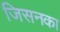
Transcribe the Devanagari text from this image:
जिसनका